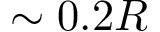
\sim 0 . 2 R